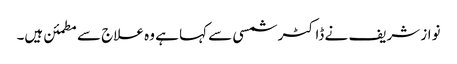
نواز شریف نے ڈاکٹر شمسی سے کہا ہے وہ علاج سے مطمئن ہیں۔